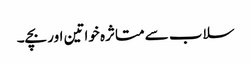
سلاب سے متاثرہ خواتین اور بچے۔